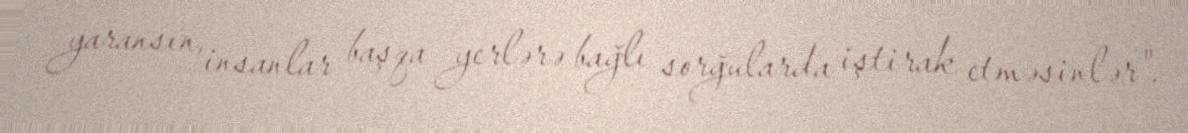
yaransın, insanlar başqa yerlərə bağlı sorğularda iştirak etməsinlər".